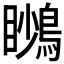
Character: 𪃦